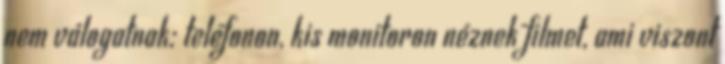
nem válogatnak: telefonon, kis monitoron néznek filmet, ami viszont